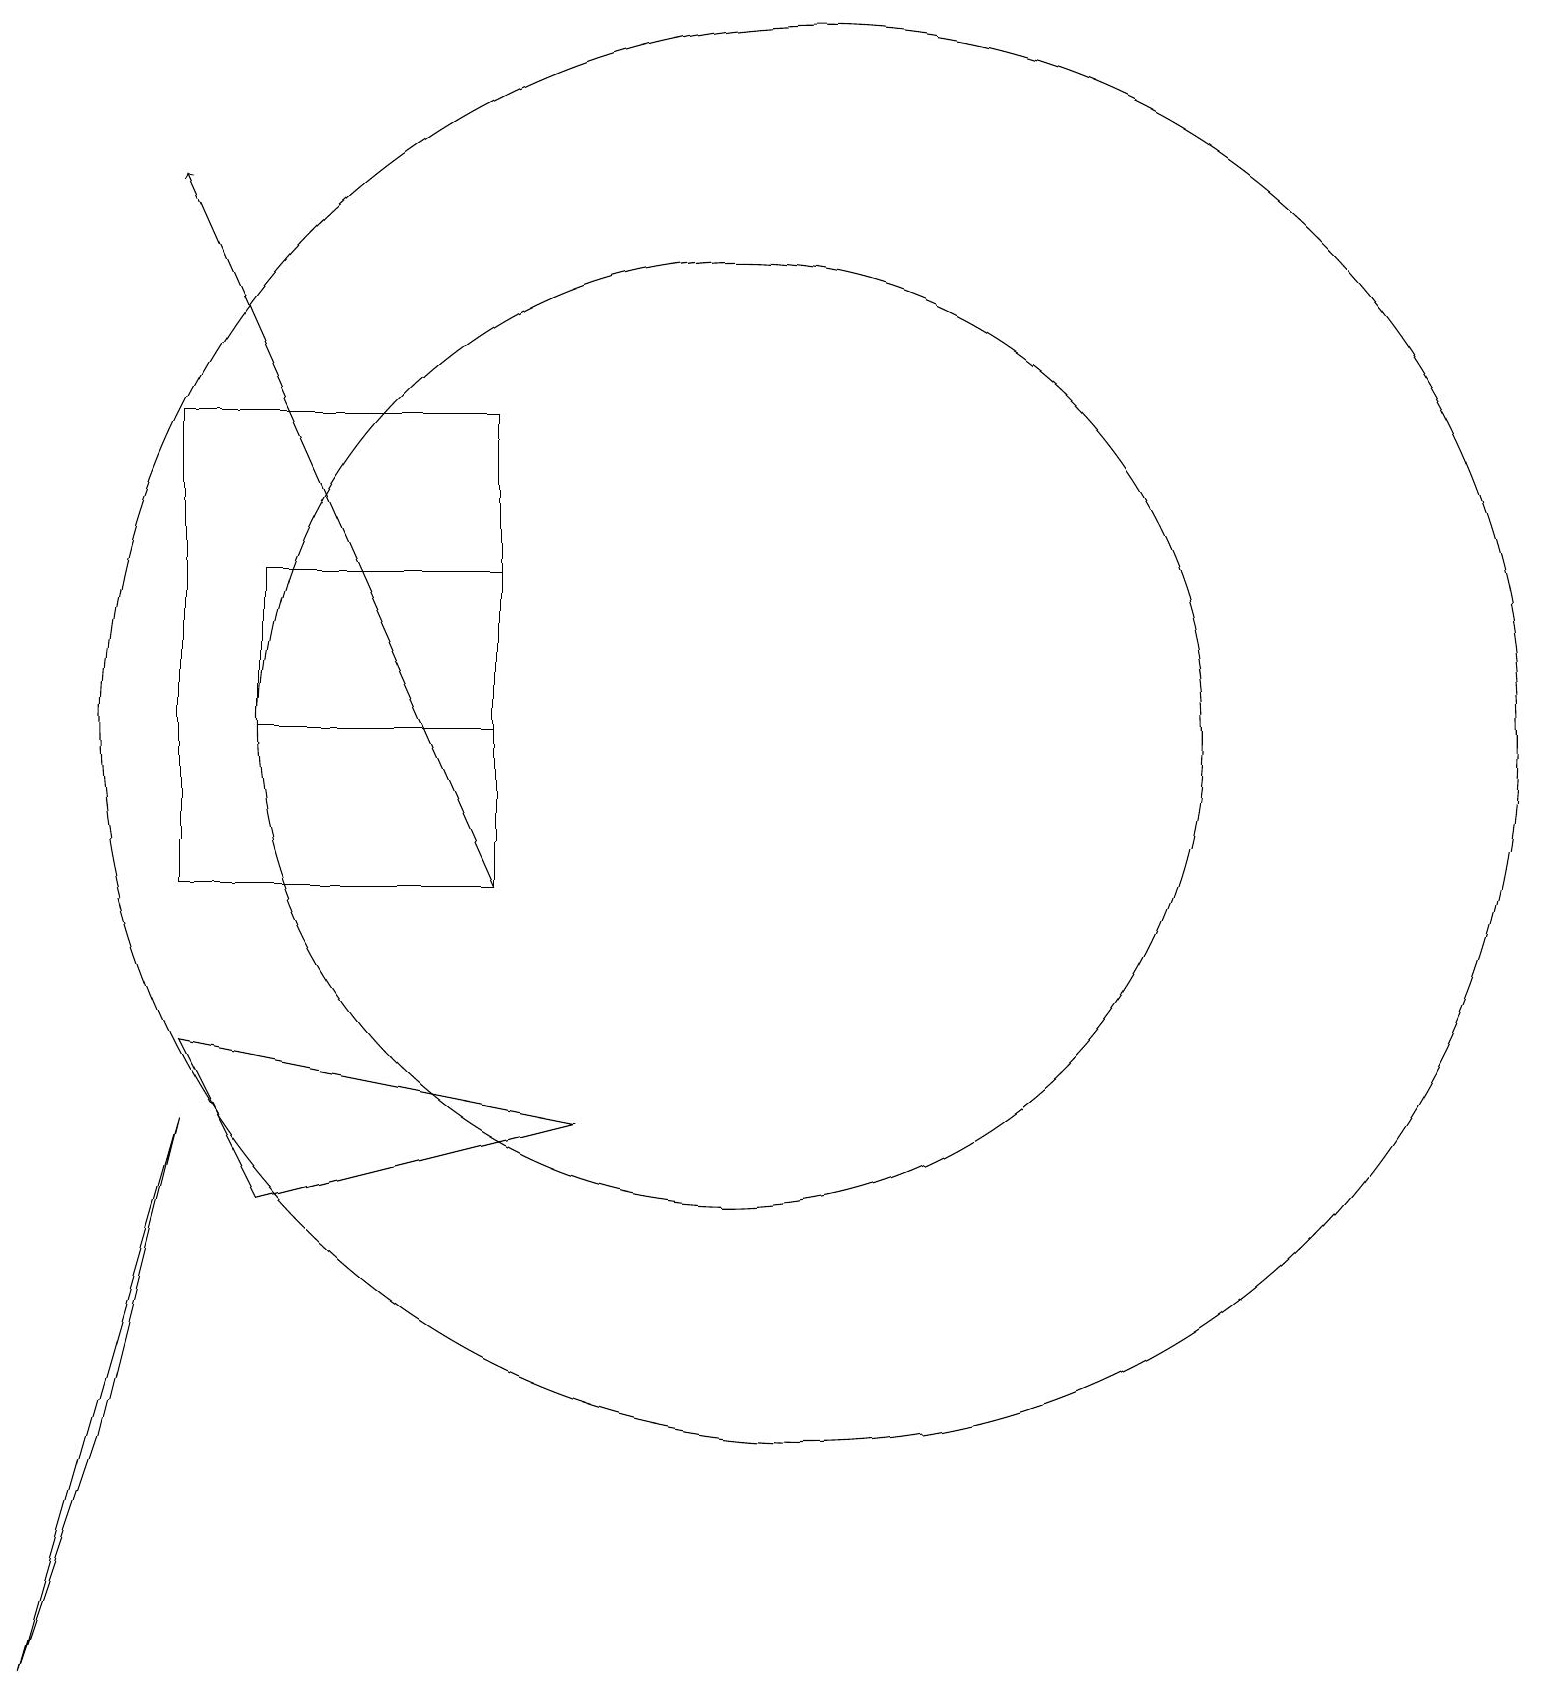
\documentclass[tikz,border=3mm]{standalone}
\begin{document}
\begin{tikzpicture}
\draw (4,12) rectangle (7,14);
\draw (3,16) rectangle (7,10);
\draw (10,12) circle (6);
\draw (3,8) -- (4,6) -- (8,7) -- cycle;
\draw[->] (7,10) -- (3,19);
\draw (1,0) -- (3,7) -- (2,3) -- cycle;
\draw (11,12) circle (9);
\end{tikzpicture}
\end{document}